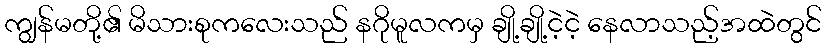
ကျွန်မတို့၏ မိသားစုကလေးသည် နဂိုမူလကမှ ချို့ချို့ငဲ့ငဲ့ နေလာသည့်အထဲတွင်